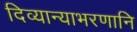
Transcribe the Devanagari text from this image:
दिव्यान्याभरणानि